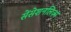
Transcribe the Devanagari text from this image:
सेंसेशनलिज़्म